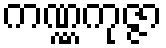
ကဏ္ဏကုဇ္ဇာ